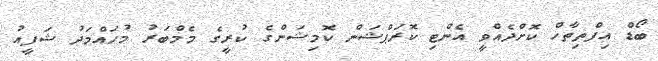
ބޯޑް އިފްތިތާހް ކޮށްދެއްވީ އެންޓި ކޮރަޕްޝަން ކޮމިޝަންގެ ކުރީގެ މެމްބަރު މުހައްމަދު ޝަފީއު